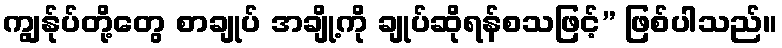
ကျွန်ုပ်တို့တွေ စာချုပ် အချို့ကို ချုပ်ဆိုရန်စသဖြင့်” ဖြစ်ပါသည်။